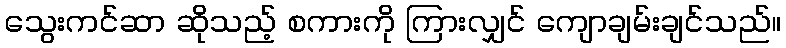
သွေးကင်ဆာ ဆိုသည့် စကားကို ကြားလျှင် ကျောချမ်းချင်သည်။